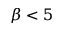
\beta < 5